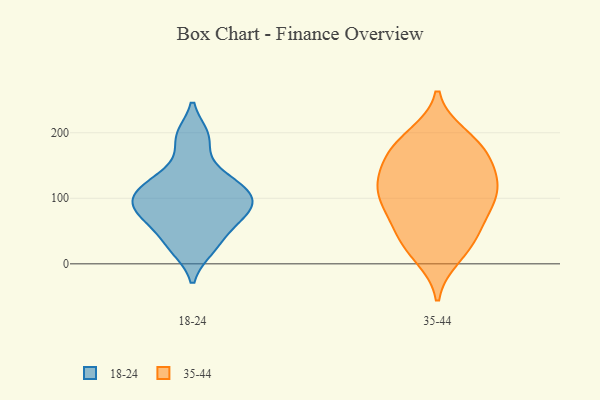
{"axis": {"x": "Temperature (°C)", "y": "Value"}, "legend": ["18-24", "35-44"], "data": [{"x": "", "y": 193, "type": "18-24"}, {"x": "", "y": 145, "type": "18-24"}, {"x": "", "y": 49, "type": "18-24"}, {"x": "", "y": 88, "type": "18-24"}, {"x": "", "y": 79, "type": "18-24"}, {"x": "", "y": 110, "type": "18-24"}, {"x": "", "y": 92, "type": "18-24"}, {"x": "", "y": 99, "type": "18-24"}, {"x": "", "y": 122, "type": "18-24"}, {"x": "", "y": 106, "type": "18-24"}, {"x": "", "y": 126, "type": "18-24"}, {"x": "", "y": 64, "type": "18-24"}, {"x": "", "y": 71, "type": "18-24"}, {"x": "", "y": 24, "type": "18-24"}, {"x": "", "y": 195, "type": "18-24"}, {"x": "", "y": 22, "type": "18-24"}, {"x": "", "y": 77, "type": "35-44"}, {"x": "", "y": 45, "type": "35-44"}, {"x": "", "y": 69, "type": "35-44"}, {"x": "", "y": 181, "type": "35-44"}, {"x": "", "y": 102, "type": "35-44"}, {"x": "", "y": 185, "type": "35-44"}, {"x": "", "y": 114, "type": "35-44"}, {"x": "", "y": 12, "type": "35-44"}, {"x": "", "y": 96, "type": "35-44"}, {"x": "", "y": 137, "type": "35-44"}, {"x": "", "y": 171, "type": "35-44"}, {"x": "", "y": 195, "type": "35-44"}, {"x": "", "y": 159, "type": "35-44"}, {"x": "", "y": 111, "type": "35-44"}, {"x": "", "y": 118, "type": "35-44"}, {"x": "", "y": 142, "type": "35-44"}, {"x": "", "y": 23, "type": "35-44"}, {"x": "", "y": 39, "type": "35-44"}]}